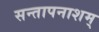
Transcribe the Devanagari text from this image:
सन्तापनाशम्